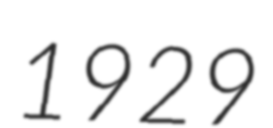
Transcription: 1929